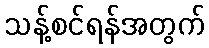
သန့်စင်ရန်အတွက်